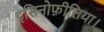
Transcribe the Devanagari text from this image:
इसिनोफ़ीलिया।